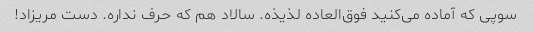
سوپی که آماده می‌کنید فوق‌العاده لذیذه. سالاد هم که حرف نداره. دست مریزاد!